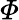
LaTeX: \varPhi